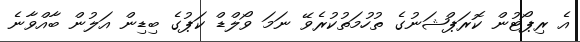
އެ ރިޕޯޓުން ކޮރަޕްޝަނުގެ ތުހުމަތުކުރެވޭ ނަމަ ވޯލްޑް ކަޕުގެ ބިޑިން އަލުން ބާއްވާނެ